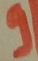
Text: 9